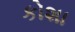
કોશા